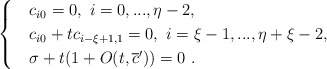
\begin{align*}\begin{cases} &c_{i0}=0,\ i=0,...,\eta-2,\\&c_{i0}+tc_{i-\xi+1,1}=0,\ i=\xi-1,...,\eta+\xi-2,\\& \sigma+t(1+O(t,\overline c'))=0\ .\end{cases}\end{align*}